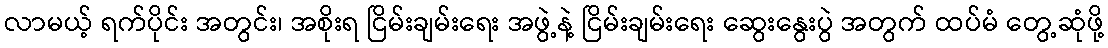
လာမယ့် ရက်ပိုင်း အတွင်း၊ အစိုးရ ငြိမ်းချမ်းရေး အဖွဲ့နဲ့ ငြိမ်းချမ်းရေး ဆွေးနွေးပွဲ အတွက် ထပ်မံ တွေ့ဆုံဖို့